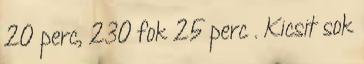
20 perc, 230 fok 25 perc . Kicsit sok